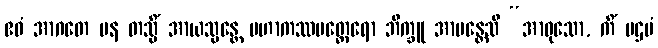
ဧဝံ အာဂတေ ပန တသ္မိံ အာယသ္မန္တေ မဟာကဿပတ္ထေရော ဘိက္ခူ အာမန္တေသိ “အာဝုသော, ကိံ ပဌမံ